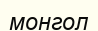
монгол